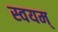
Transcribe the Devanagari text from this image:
स्वयम्‌